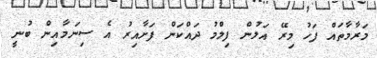
މަރާމާތައް ފަހު މިރޭ އަލުން ފިލްމު ދައްކަން ފަށާއިރު އެ ސިނަމާއިން ބުނީ